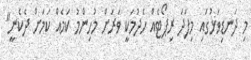
މި ދަނޑިވަޅުގައި މިފަދަ ރިޕޯޓެއް ހެދުމަކީ ވަރަށް މުހިންމު ކަމެއް ކަމަށް ދެކެނީ"